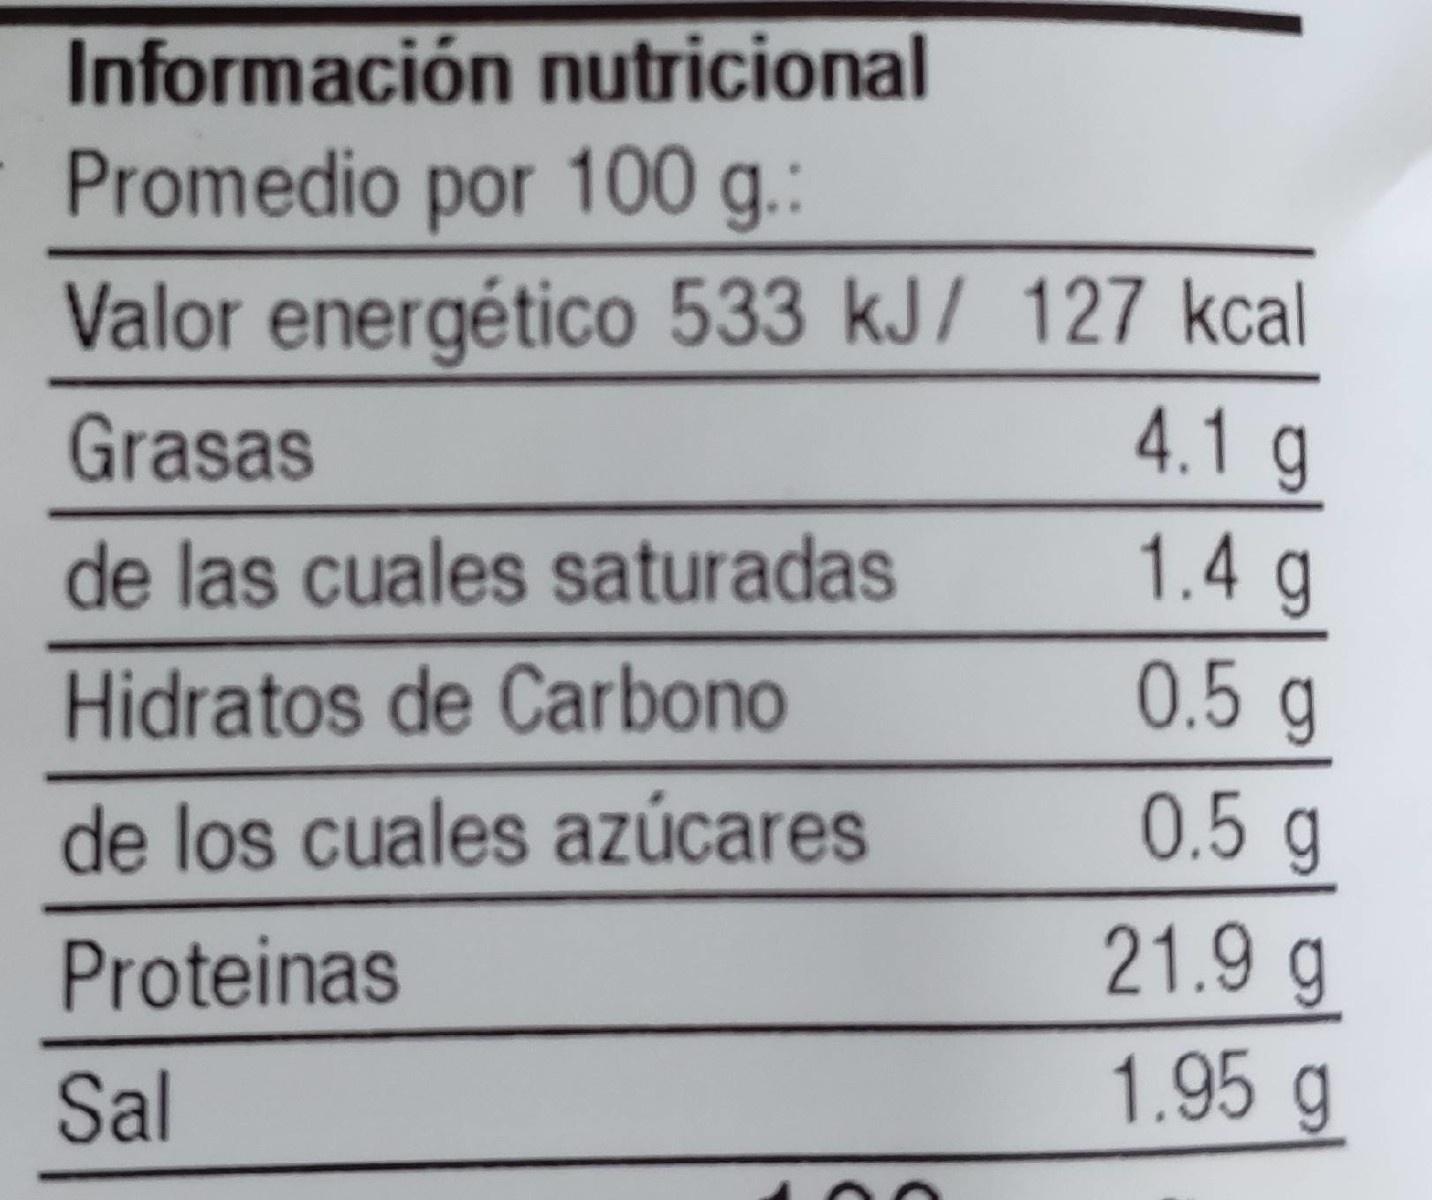
Información nutricional
Promedio por 100 g.:
Valor energético 533 kJ/ 127 kcal 4.1 g
Grasas
de las cuales saturadas
1.4g
Hidratos de Carbono
0.5 g
de los cuales azúcares
0.5g
21.9 g 1.95 g
Proteinas
Sal